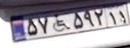
۵۷+۵۹۲۱۱